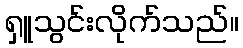
ရှူသွင်းလိုက်သည်။